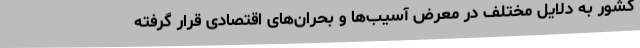
کشور به دلایل مختلف در معرض آسیب‌ها و بحران‌های اقتصادی قرار گرفته